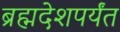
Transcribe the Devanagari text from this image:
ब्रह्मदेशपर्यंत